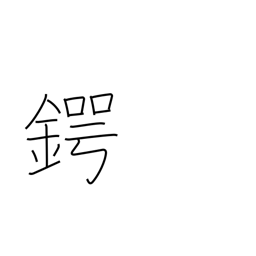
Meaning: kettle brim